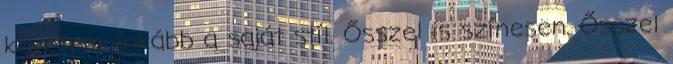
követem, inkább a saját stíl. Ősszel is színesen. Ősszel